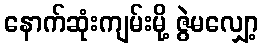
နောက်ဆုံးကျမ်းမို့ ဇွဲမလျှော့